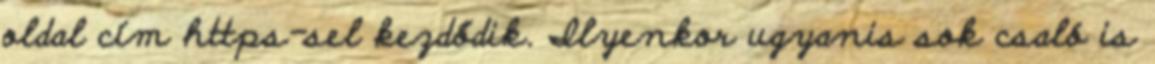
oldal cím https-sel kezdődik. Ilyenkor ugyanis sok csaló is